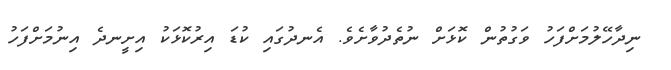
ނިދާހޭލުމަށްފަހު ވަގުތުން ކޮޅަށް ނުތެދުވާށެވެ. އެނދުގައި ކުޑަ އިރުކޮޅަކު އިށީނދެ އިނުމަށްފަހު